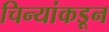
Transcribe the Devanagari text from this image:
चिन्यांकडून